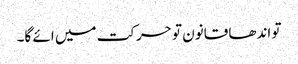
تو اندھا قانون تو حرکت میں ائے گا۔